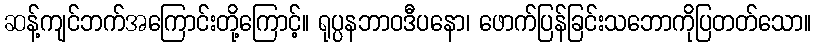
ဆန့်ကျင်ဘက်အကြောင်းတို့ကြောင့်။ ရုပ္ပနဘာဝဒီပနော၊ ဖောက်ပြန်ခြင်းသဘောကိုပြတတ်သော။